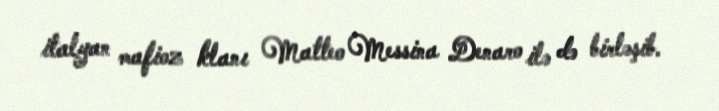
italyan mafioz klanı Matteo Messina Denaro ilə də birləşib.